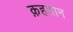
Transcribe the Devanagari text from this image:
क़हतान